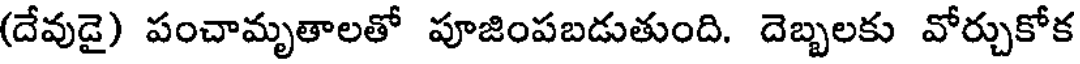
(దేవుడై) పంచామృతాలతో పూజింపబడుతుంది. దెబ్బలకు వోర్చుకోక